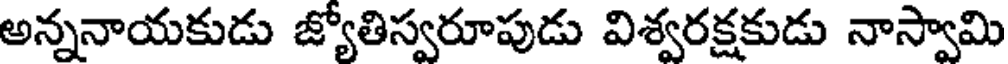
అన్ననాయకుడు జ్యోతిస్వరూపుడు విశ్వరక్షకుడు నాస్వామి